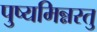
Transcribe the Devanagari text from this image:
पुष्यमिन्नस्तु